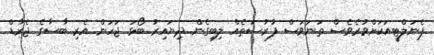
ޕެނަލްޓީއަކަށްވުރެވެސް ތަނަވަސް ފުރުސަތެއް ލިބިގެން ދިޔައިރު ބޯޅަ ޖަހަން އެރި ބާސާގެ ޖެރާޑް